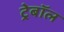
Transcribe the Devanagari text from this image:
ट्रेबॉल